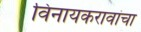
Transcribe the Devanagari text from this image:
विनायकरावांचा